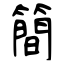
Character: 簡